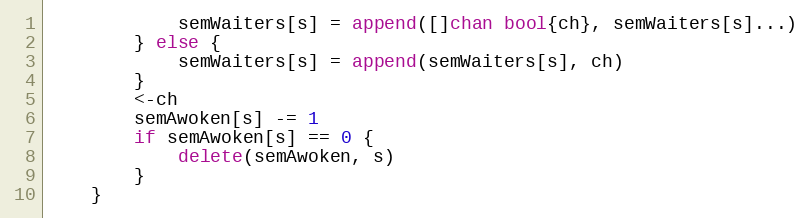
Language: Go
			semWaiters[s] = append([]chan bool{ch}, semWaiters[s]...)
		} else {
			semWaiters[s] = append(semWaiters[s], ch)
		}
		<-ch
		semAwoken[s] -= 1
		if semAwoken[s] == 0 {
			delete(semAwoken, s)
		}
	}